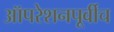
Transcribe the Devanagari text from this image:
ऑपरेशनपूर्वीच